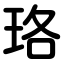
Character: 珞